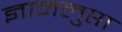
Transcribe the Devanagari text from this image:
ज्ञानलुप्ता